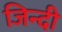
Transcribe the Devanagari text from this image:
जिन्दी